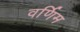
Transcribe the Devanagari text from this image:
वर्णिम